Plague in India, 1896, 1897 - Volume 3
Year: 1896
Disease focus: Plague
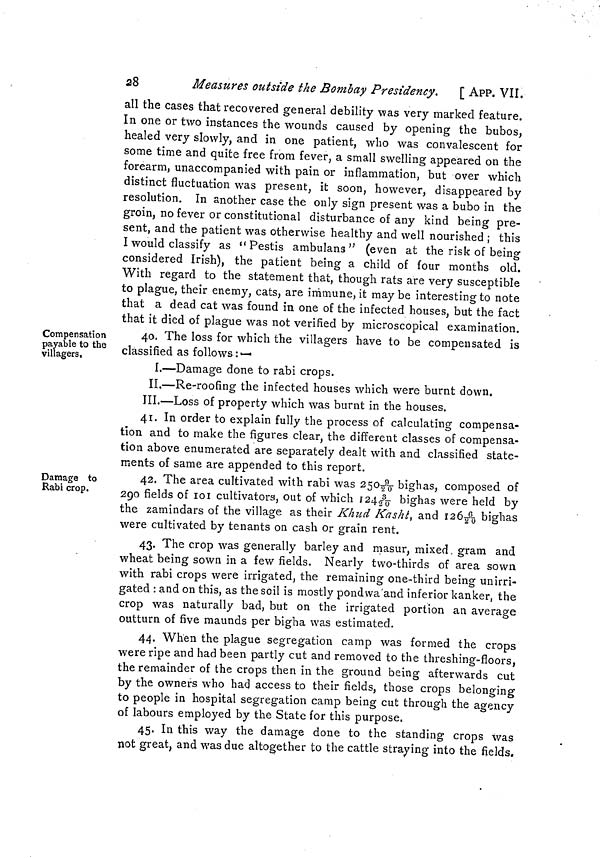
28
Measures outside the Bombay Presidency.
[ APP. VII.
all the cases that recovered general debility was very marked feature.
In one or two instances the wounds caused by opening the bubos,
healed very slowly, and in one patient, who was convalescent for
some time and quite free from fever, a small swelling appeared on the
forearm, unaccompanied with pain or inflammation, but over which
distinct fluctuation was present, it soon, however, disappeared by
resolution. In another case the only sign present was a bubo in the
groin, no fever or constitutional disturbance of any kind being pre-
sent, and the patient was otherwise healthy and well nourished ; this
I would classify as "Pestis ambulans " (even at the risk of being
considered Irish), the patient being a child of four months old.
With regard to the statement that, though rats are very susceptible
to plague, their enemy, cats, are immune, it may be interesting to note
that a dead cat was found in one of the infected houses, but the fact
that it died of plague was not verified by microscopical examination.
Compensation
payable to the
villagers.
40. The loss for which the villagers have to be compensated is
classified as follows : —•
I.—Damage done to rabi crops.
II.—Re-roofing the infected houses which were burnt down.
III.—Loss of property which was burnt in the houses.
41. In order to explain fully the process of calculating compensa-
tion and to make the figures clear, the different classes of compensa-
tion above enumerated are separately dealt with and classified state-
ments of same are appended to this report.
Damage to
Rabi crop.
42. The area cultivated with rabi was 250 9/20 bighas, composed of
290 fields of loi cultivators, out of which 1243/20 bighas were held by
the zamindars of the village as their Khud Kasht, and 1266/20 bighas
were cultivated by tenants on cash or grain rent.
43. The crop was generally barley and masur, mixed. gram and
wheat being sown in a few fields. Nearly two-thirds of area sown
with rabi crops were irrigated, the remaining one-third being unirri-
gated : and on this, as the soil is mostly pondwa'and inferior kanker, the
crop was naturally bad, but on the irrigated portion an average
outturn of five maunds per bigha was estimated.
44. When the plague segregation camp was formed the crops
were ripe and had been partly cut and removed to the threshing-floors,
the remainder of the crops then in the ground being afterwards cut
by the owners who had access to their fields, those crops belonging
to people in hospital segregation camp being cut through the agency
of labours employed by the State for this purpose.
45. In this way the damage done to the standing crops was
not great, and was due altogether to the cattle straying into the fields.